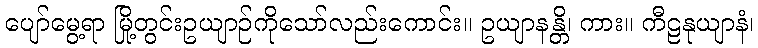
ပျော်မွေ့ရာ မြို့တွင်းဥယျာဉ်ကိုသော်လည်းကောင်း။ ဥယျာနန္တိ၊ ကား။ ကီဠနုယျာနံ၊